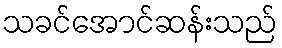
သခင်အောင်ဆန်းသည်